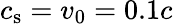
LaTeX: c_{\mathrm{s}}=v_{\mathrm{0}}=0.1c